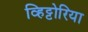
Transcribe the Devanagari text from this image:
व्हिट्टोरिया